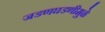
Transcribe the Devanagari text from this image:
जडणघडणीमुळे